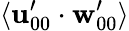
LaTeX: \langle\mathbf{u}_{00}^{\prime}\cdot\mathbf{w}_{00}^{\prime}\rangle